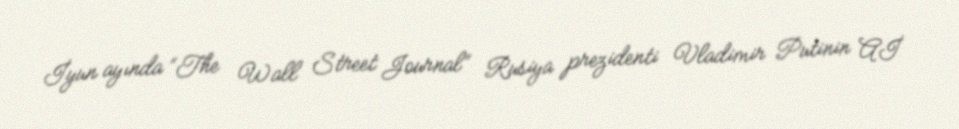
İyun ayında “The Wall Street Journal” Rusiya prezidenti Vladimir Putinin Aİ